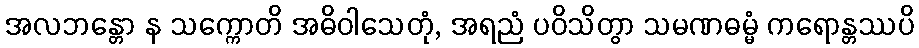
အလဘန္တော န သက္ကောတိ အဓိဝါသေတုံ, အရညံ ပဝိသိတွာ သမဏဓမ္မံ ကရောန္တဿပိ